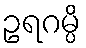
ဥရဂမ္ပိ